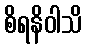
စိရနိဝါသိ